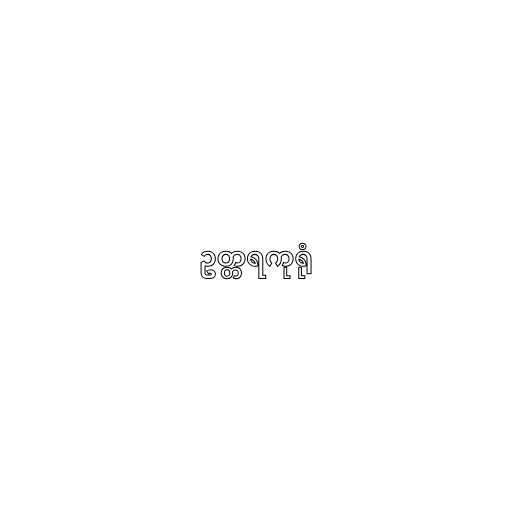
ဥတ္တရကုရုံ